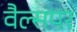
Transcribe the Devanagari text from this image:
वैल्सपर